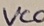
Text: VCC